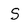
Character: S